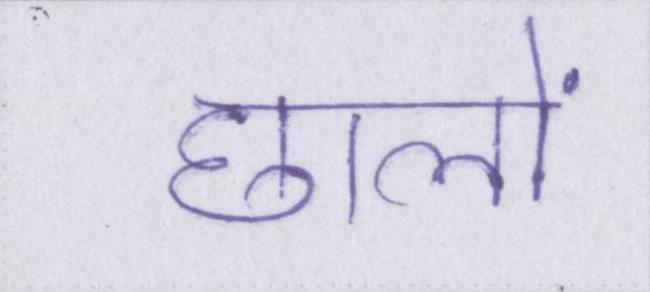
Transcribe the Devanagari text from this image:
छालों